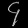
Digit: ၄